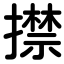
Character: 㩒